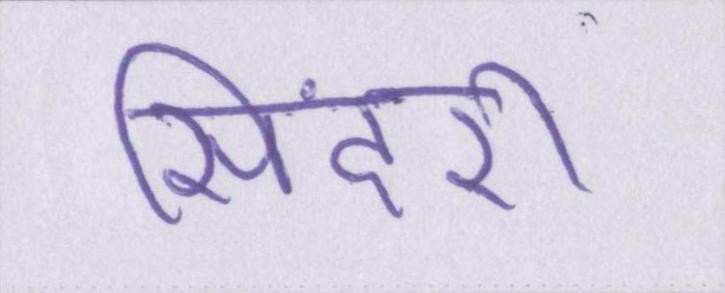
सिंदरी